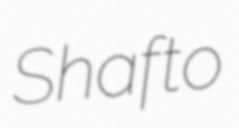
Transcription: Shafto